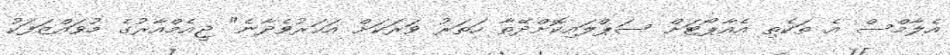
އެލާމްސް އެ ތަކެތި އެއާޕޯޓަށް ސަޕްލައިކޮށްދޭތާ ހަތަރު ވަރަކަށް އަހަރުވެދާނެ" ޖީއެމްއާރުގެ މުވައްޒަފަކު